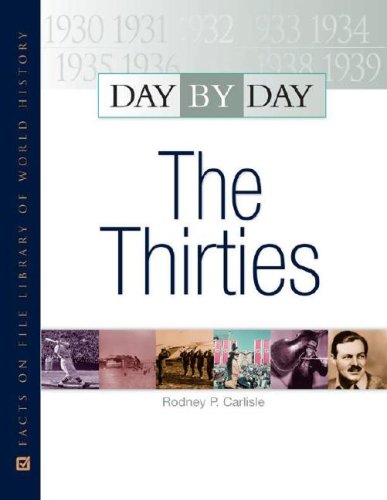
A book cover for Day by Day the 30s; Rodney P. Carlisle; Children's Books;